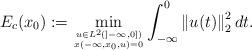
LaTeX: \begin{align*}E_c(x_0):=\min_{{u\in L^2(]-\infty, 0]) \atop x(-\infty,x_0,u)=0}} \int_{-\infty}^0 \left\|u(t)\right\|_2^2 dt.\end{align*}